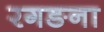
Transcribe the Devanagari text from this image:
रगङना